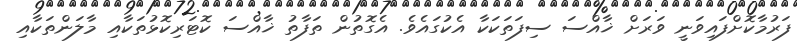
ފަރުމާކޮށްފައިވަނީ ވަރަށް ޚާއްސަ ސިފަތަކަކާ އެކުގައެވެ. އެގޮތުން ތަފާތު ޚާއްސަ ކޮޓަރިކޮޅުތަކާއި މާލަންތަކާއި